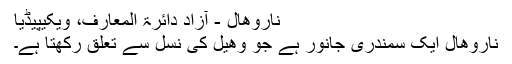
ناروھال - آزاد دائرۃ المعارف، ویکیپیڈیا
ناروھال ایک سمندری جانور ہے جو وھیل کی نسل سے تعلق رکھتا ہے۔